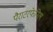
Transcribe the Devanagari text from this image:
पैराटरफेनिल